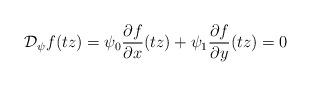
LaTeX: \begin{align*}\mathcal D_{\psi}f(tz) = \psi_0 \frac{\partial f}{\partial x } (tz) + \psi_1 \frac{\partial f}{\partial y } (tz) =0 \end{align*}